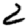
Digit: 2